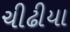
ચીઢીયા